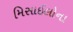
મિસાઈલોના